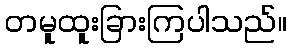
တမူထူးခြားကြပါသည်။